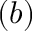
( b )